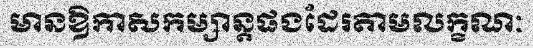
មានឱកាសកម្សាន្តផងដែរតាមលក្ខណៈ